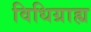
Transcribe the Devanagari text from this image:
विधिग्राह्य